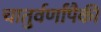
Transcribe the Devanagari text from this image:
चातुर्वर्णांपैकी